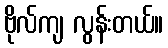
ဗိုလ်ကျ လွန်းတယ်။